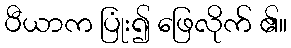
ပီယာက ပြုံး၍ ဖြေလိုက် ၏။